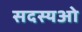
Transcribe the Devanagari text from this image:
सदस्यओ